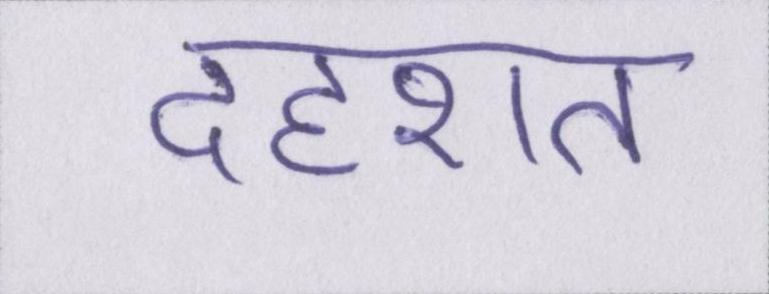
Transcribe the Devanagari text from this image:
दहशत